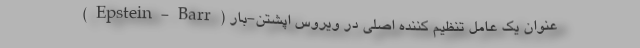
عنوان یک عامل تنظیم کننده اصلی در ویروس اپشتن-بار (Epstein-Barr)